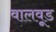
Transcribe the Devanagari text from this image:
वालवूड